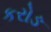
કરોઙ